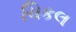
ચિકલ